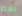
نعم